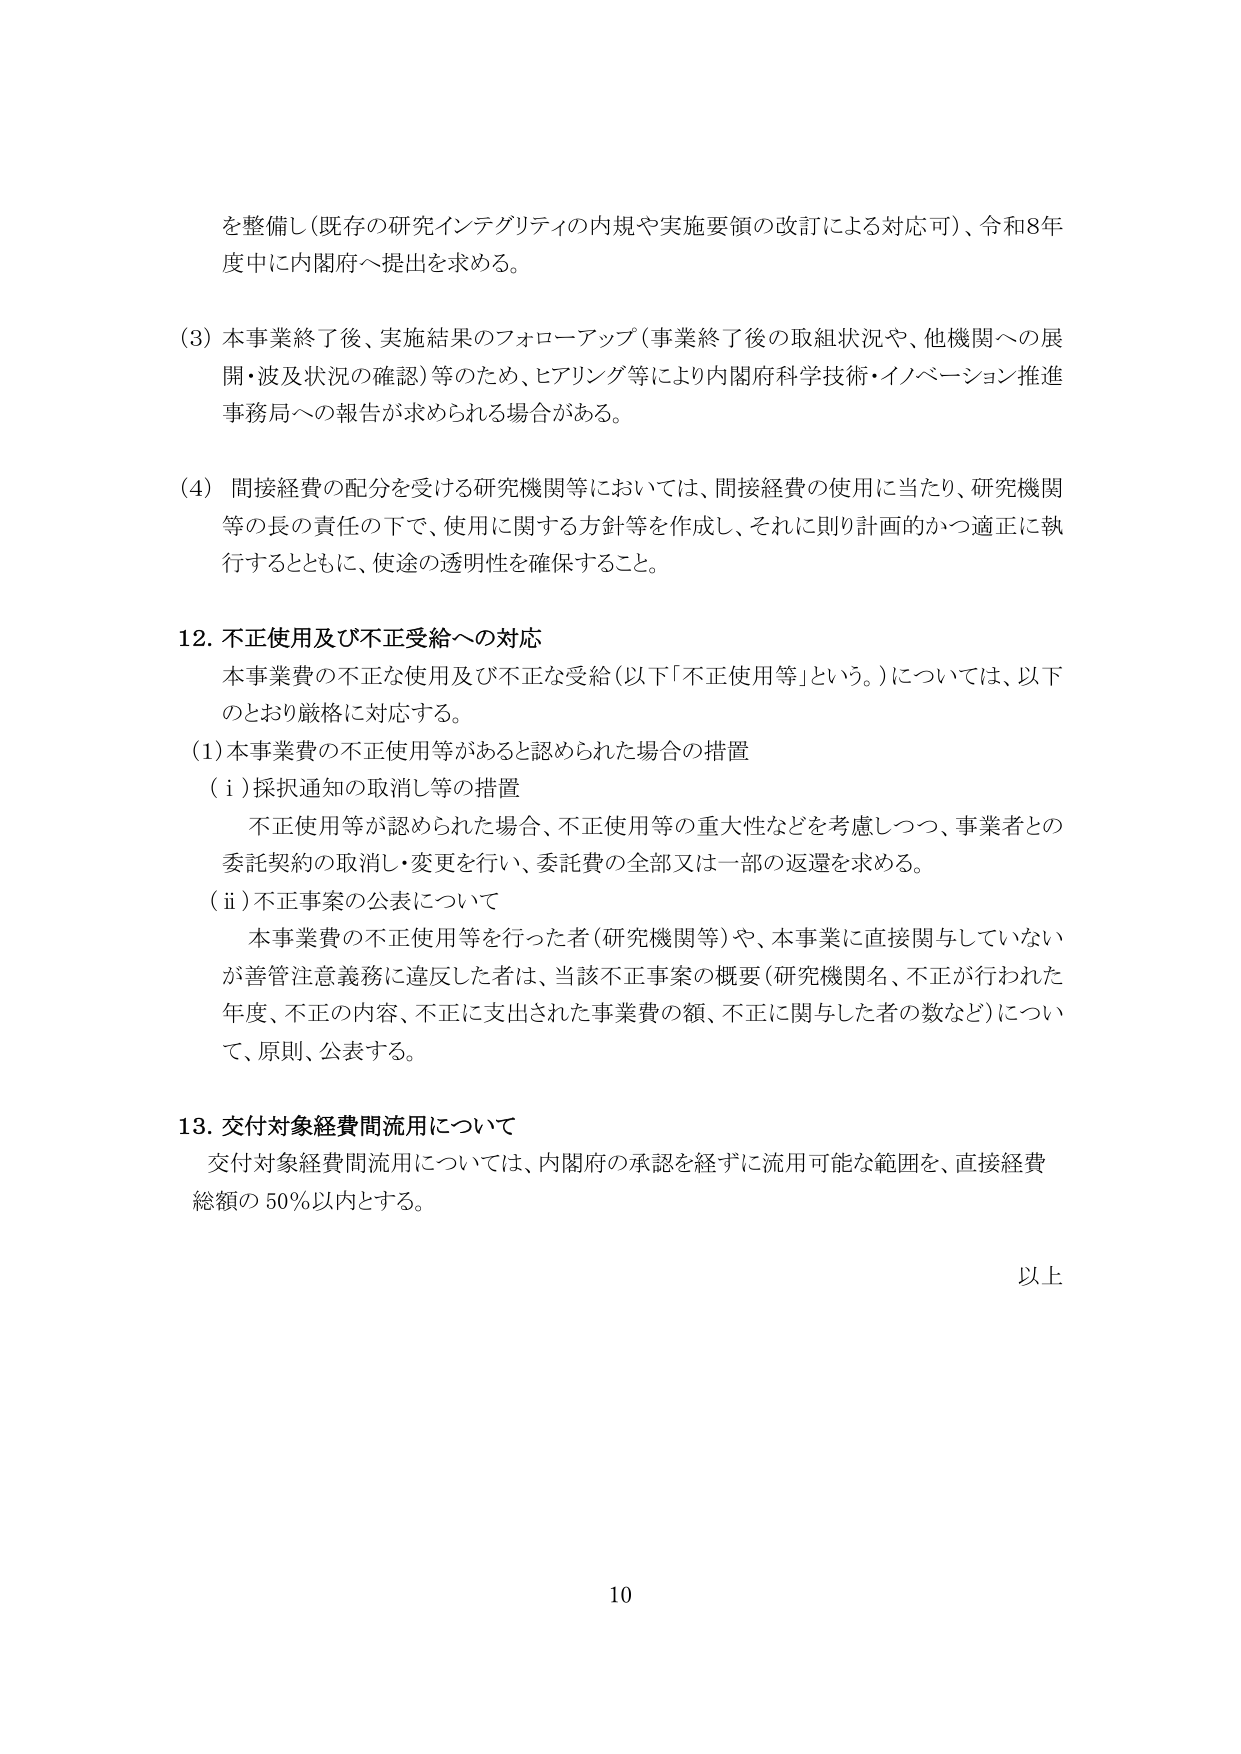
を整備し（既存の研究インテグリティの内規や実施要領の改訂による対応可）、令和8年度中に内閣府へ提出を求める。

(3) 本事業終了後、実施結果のフォローアップ（事業終了後の取組状況や、他機関への展開・波及状況の確認）等のため、ヒアリング等により内閣府科学技術・イノベーション推進事務局への報告が求められる場合がある。

(4) 間接経費の配分を受ける研究機関等においては、間接経費の使用に当たり、研究機関等の長の責任の下で、使用に関する方針等を作成し、それに則り計画的かつ適正に執行するとともに、使途の透明性を確保すること。

12. 不正使用及び不正受給への対応
本事業費の不正な使用及び不正な受給（以下「不正使用等」という。）については、以下のとおり厳格に対応する。

(1) 本事業費の不正使用等があると認められた場合の措置
（ⅰ）採択通知の取消し等の措置
不正使用等が認められた場合、不正使用等の重大性などを考慮しつつ、事業者との委託契約の取消し・変更を行い、委託費の全部又は一部の返還を求める。
（ⅱ）不正事案の公表について
本事業費の不正使用等を行った者（研究機関等）や、本事業に直接関与していないが善管注意義務に違反した者は、当該不正事案の概要（研究機関名、不正が行われた年度、不正の内容、不正に支出された事業費の額、不正に関与した者の数など）について、原則、公表する。

13. 交付対象経費間流用について
交付対象経費間流用については、内閣府の承認を経ずに流用可能な範囲を、直接経費総額の50％以内とする。

以上

10